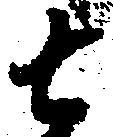
去